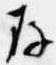
存